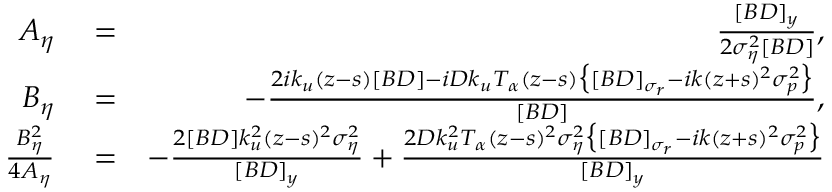
\begin{array} { r l r } { A _ { \eta } } & { { } = } & { \frac { [ B D ] _ { y } } { 2 \sigma _ { \eta } ^ { 2 } [ B D ] } , } \\ { B _ { \eta } } & { { } = } & { - \frac { 2 i k _ { u } ( z - s ) [ B D ] - i D k _ { u } T _ { \alpha } ( z - s ) \big \{ [ B D ] _ { \sigma _ { r } } - i k ( z + s ) ^ { 2 } \sigma _ { p } ^ { 2 } \big \} } { [ B D ] } , } \\ { \frac { B _ { \eta } ^ { 2 } } { 4 A _ { \eta } } } & { { } = } & { - \frac { 2 [ B D ] k _ { u } ^ { 2 } ( z - s ) ^ { 2 } \sigma _ { \eta } ^ { 2 } } { [ B D ] _ { y } } + \frac { 2 D k _ { u } ^ { 2 } T _ { \alpha } ( z - s ) ^ { 2 } \sigma _ { \eta } ^ { 2 } \big \{ [ B D ] _ { \sigma _ { r } } - i k ( z + s ) ^ { 2 } \sigma _ { p } ^ { 2 } \big \} } { [ B D ] _ { y } } } \end{array}